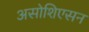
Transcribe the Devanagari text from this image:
असोशिएसन